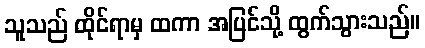
သူသည် ထိုင်ရာမှ ထကာ အပြင်သို့ ထွက်သွားသည်။